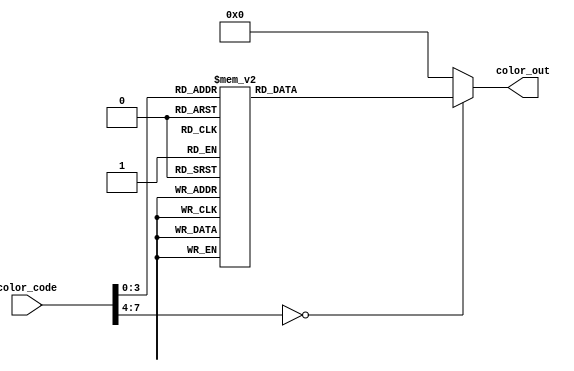
`timescale 1ns / 1ps
//////////////////////////////////////////////////////////////////////////////////
// Company: 
// Engineer: 
// 
// Design Name: 
// Module Name:    color_converter 
// Project Name: 
// Target Devices: 
// Tool versions: 
// Description: 
//
// Dependencies: 
//
// Revision: 
// Revision 0.01 - File Created
// Additional Comments: 
//
//////////////////////////////////////////////////////////////////////////////////
module color_converter(
    input [7:0] color_code,
    output reg [7:0] color_out
    );
	
	always @(color_code)
	begin
		case(color_code)
			8'd00: color_out <= 8'b00000000; // Black
			8'd01: color_out <= 8'b11100000; // Red
			8'd02: color_out <= 8'b00011100; // Green
			8'd03: color_out <= 8'b00000011; // Blue
			8'd04: color_out <= 8'b11111100; // Yellow
			8'd05: color_out <= 8'b11100011; // Magenta
			8'd06: color_out <= 8'b00011111; // Cyan
			8'd07: color_out <= 8'b10010010; // Grey
			8'd08: color_out <= 8'b00100101; // Grey Blue
			8'd09: color_out <= 8'b01111010; // Seafoam
			8'd10: color_out <= 8'b01101010; // Purple
			8'd11: color_out <= 8'b11101010; // Pink
			8'd12: color_out <= 8'b11110110; // Peach
			8'd13: color_out <= 8'b10110111; // Light Blue
			8'd14: color_out <= 8'b11010101; // Dark purple
			8'd15: color_out <= 8'b11111111; // White
			default: color_out <= 8'b00000000; // Black
		endcase
	end

endmodule